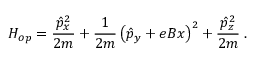
H _ { o p } = \frac { \hat { p } _ { x } ^ { 2 } } { 2 m } + \frac { 1 } { 2 m } \left( \hat { p } _ { y } + e B x \right) ^ { 2 } + \frac { \hat { p } _ { z } ^ { 2 } } { 2 m } \; .